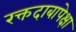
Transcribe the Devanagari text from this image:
रक्तदाबापेक्षा